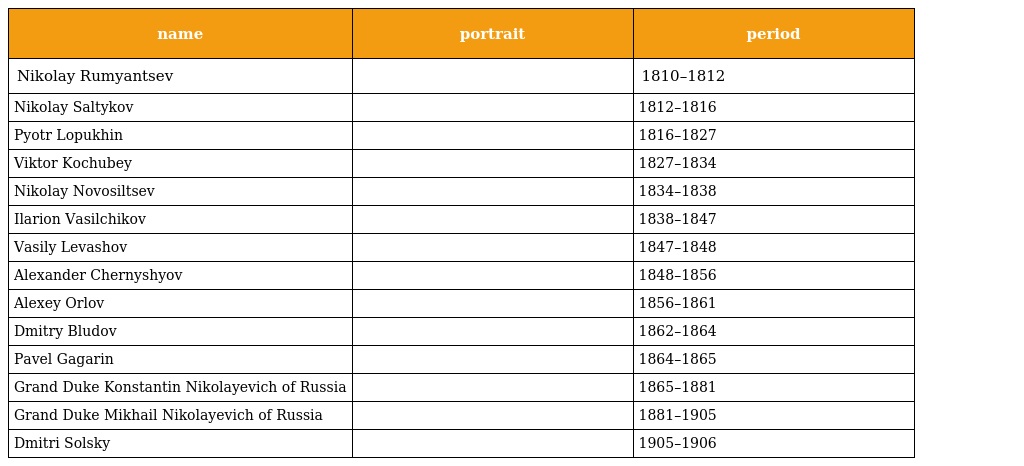
| name | portrait | period |
 | --- | --- | --- |
 | Nikolay Rumyantsev |  | 1810–1812 |
 | Nikolay Saltykov |  | 1812–1816 |
 | Pyotr Lopukhin |  | 1816–1827 |
 | Viktor Kochubey |  | 1827–1834 |
 | Nikolay Novosiltsev |  | 1834–1838 |
 | Ilarion Vasilchikov |  | 1838–1847 |
 | Vasily Levashov |  | 1847–1848 |
 | Alexander Chernyshyov |  | 1848–1856 |
 | Alexey Orlov |  | 1856–1861 |
 | Dmitry Bludov |  | 1862–1864 |
 | Pavel Gagarin |  | 1864–1865 |
 | Grand Duke Konstantin Nikolayevich of Russia |  | 1865–1881 |
 | Grand Duke Mikhail Nikolayevich of Russia |  | 1881–1905 |
 | Dmitri Solsky |  | 1905–1906 |